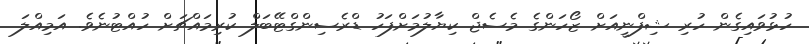
ހުޅުވައިގެން ހުރި ޝިފްނީއަށް ޒޯހަންގެ މެސެޖް ކިޔާލުމަށްފަހު ޑްރެސިންގްޓޭބަލް ކުރިމައްޗަށް ހުއްޓުނެވެ. އަމިއްލަ